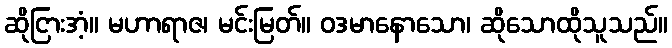
ဆိုငြားအံ့။ မဟာရာဇ၊ မင်းမြတ်။ ဝဒမာနောသော၊ ဆိုသောထိုသူသည်။